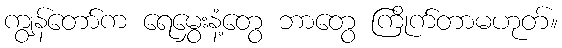
ကျွန်တော်က ရေမွှေးနံ့တွေ ဘာတွေ ကြိုက်တာမဟုတ်။